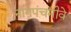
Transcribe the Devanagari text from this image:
नागपंचमीवे